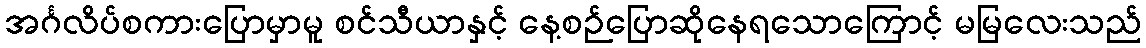
အင်္ဂလိပ်စကားပြောမှာမူ စင်သီယာနှင့် နေ့စဉ်ပြောဆိုနေရသောကြောင့် မမြလေးသည်